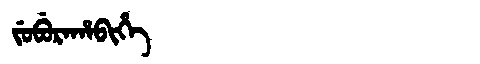
Manchu: ᠵᡠᠪᡠᡵᠠᡥᠠᠪᡳᡥᡝ
Romanization: JUBURAHABIHE